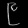
Digit: ၉